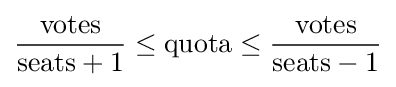
{\frac {\text{votes}}{{\text{seats}}+1}}\leq {\text{quota}}\leq {\frac {\text{votes}}{{\text{seats}}-1}}